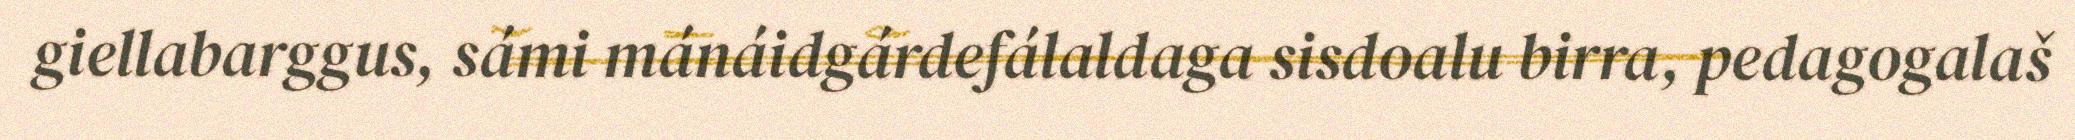
giellabarggus, sámi mánáidgárdefálaldaga sisdoalu birra, pedagogalaš